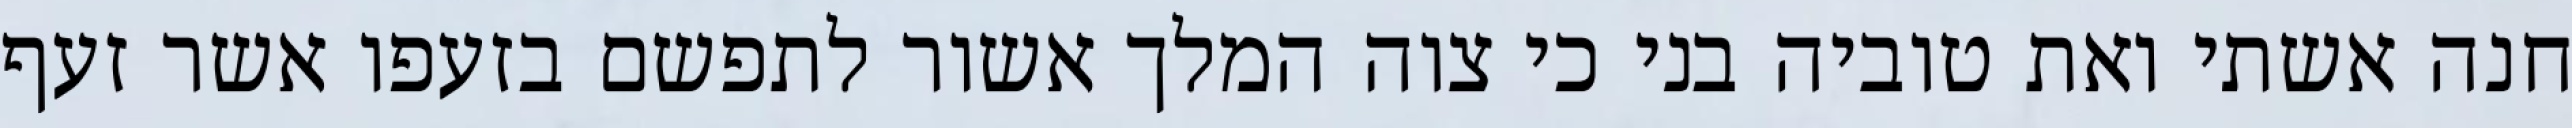
חנה אשתי ואת טוביה בני כי צוה המלך אשור לתפשם בזעפו אשר זעף